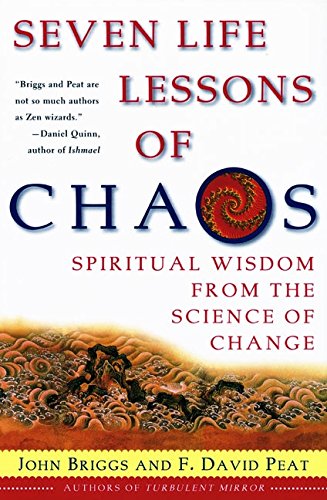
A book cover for Seven Life Lessons of Chaos: Spiritual Wisdom from the Science of Change; John Briggs; Science & Math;